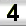
Digit: 4